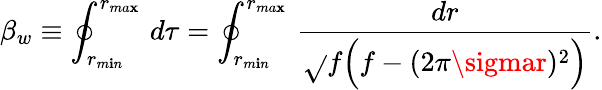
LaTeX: \beta_{w}\equiv\oint_{r_{m\mathbf{i}n}}^{r_{ma\mathbf{x}}}\, d\tau=\oint_{r_{m\mathbf{i}n}}^{r_{ma\mathbf{x}}}\, {\frac{{dr}}{{\sqrt{}{{f\Big(f-(2\pi\sigmar)^{2}\Big)}}}}}.